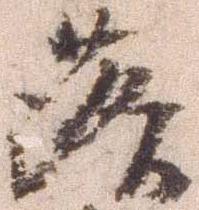
落